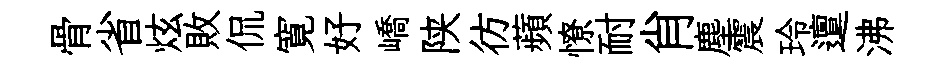
骨省炫敗侃寛好嶠陕彷蘋憭耐肖塵震玲邅沸